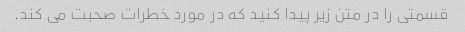
قسمتی را در متن زیر پیدا کنید که در مورد خطرات صحبت می کند.